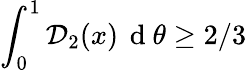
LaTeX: \int_{0}^{1}\mathcal{D}_{2}(x)\, \mathrm{~d~}\theta\geq 2/3